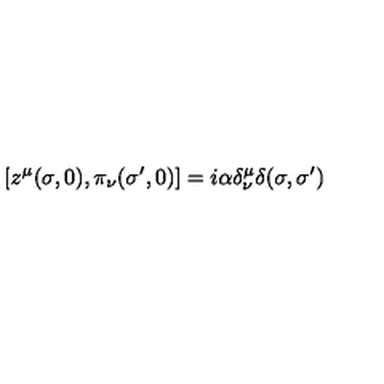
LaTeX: \left[ z ^ { \mu } ( \sigma , 0 ) , \pi _ { \nu } ( \sigma ^ { \prime } , 0 ) \right] = i \alpha \delta _ { \nu } ^ { \mu } \delta ( \sigma , \sigma ^ { \prime } )